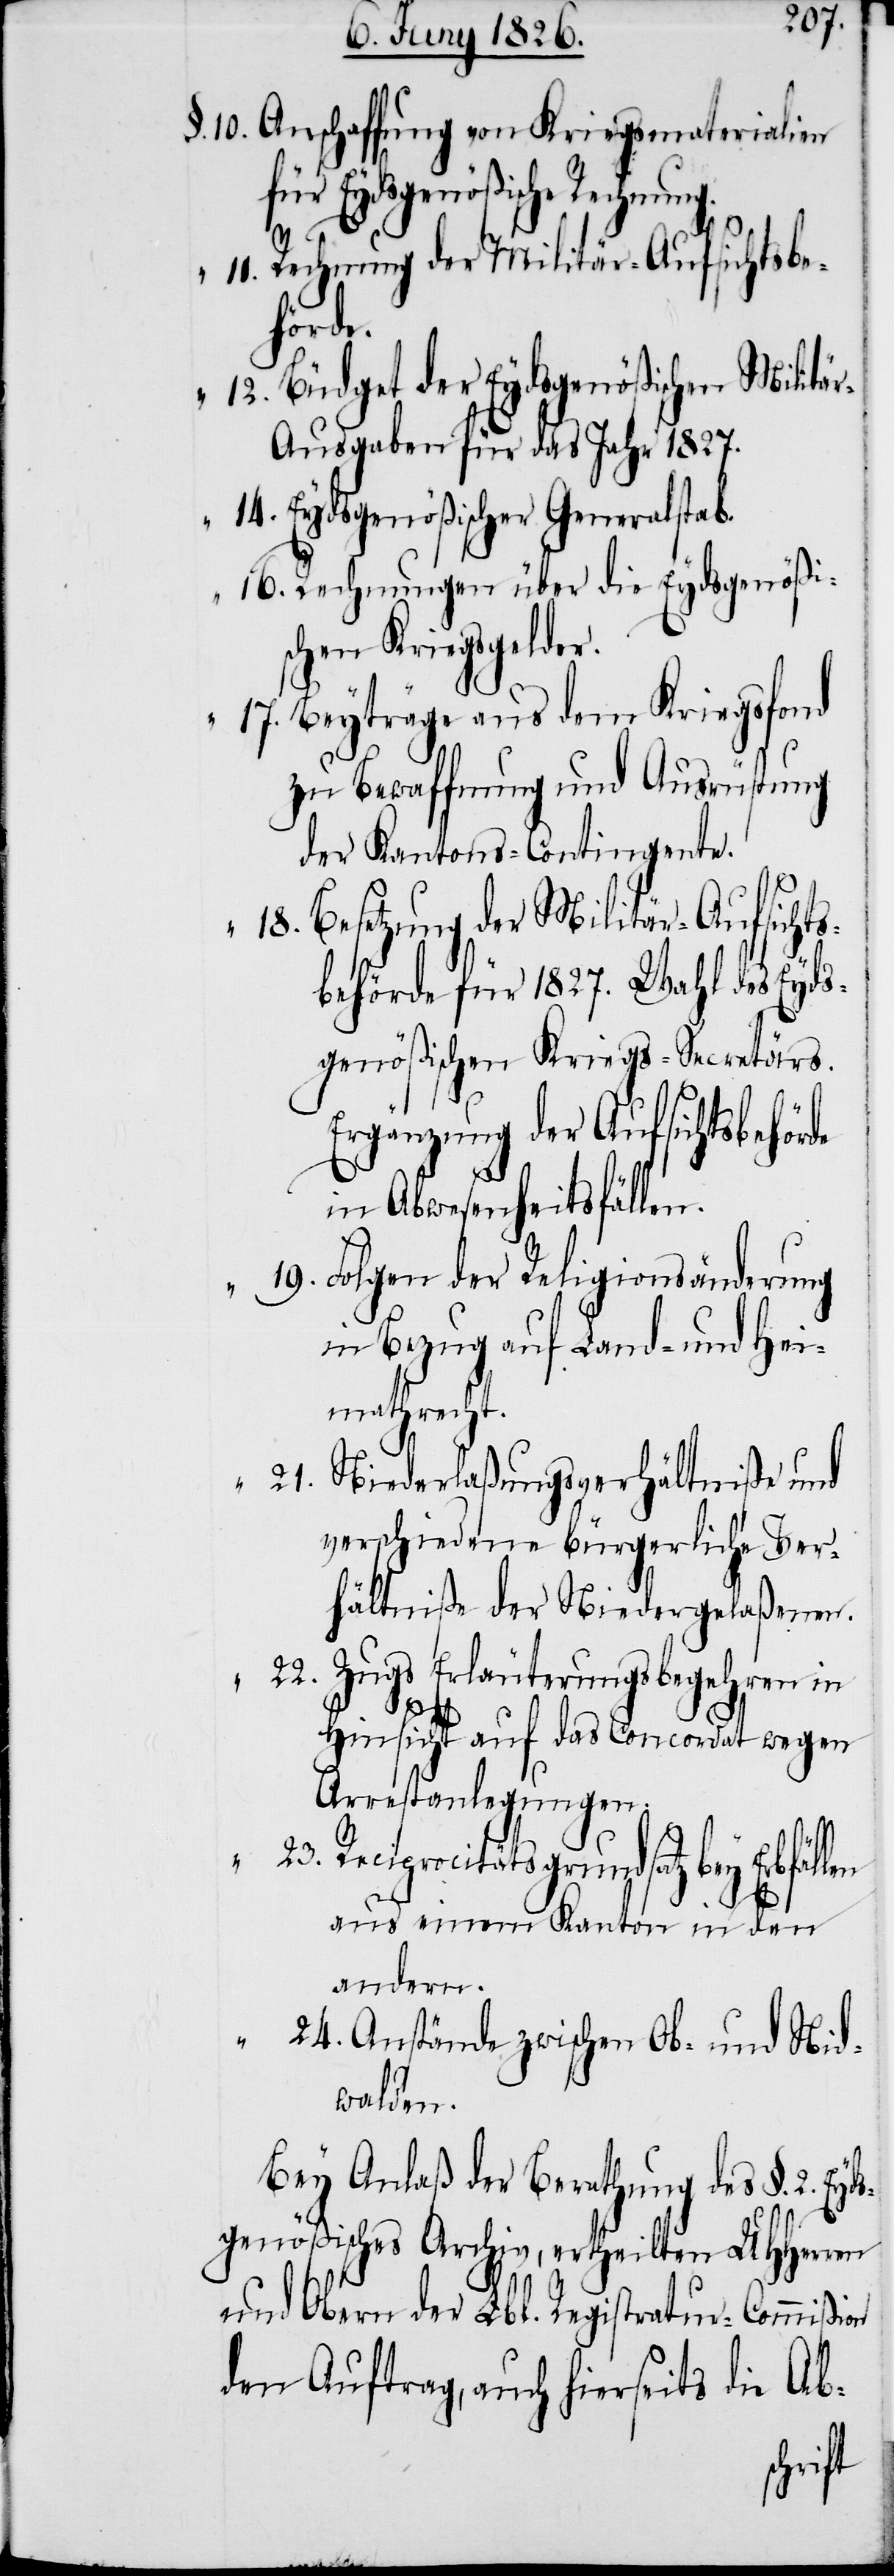
Anschaffung von Kriegsmaterialien
für Eydsgenößische Rechnung.
Rechnung der Militär-Aufsichtsbe¬
hörde.
Büdget der Eydsgenößischen Militä¬
r-Ausgaben für das Jahr 1827.
Eydsgenößischer Generalstab.
Rechnungen über die Eydsgenößi¬
schen Kriegsgelder.
Beyträge aus dem Kriegsfond
zu Bewaffnung und Ausrüstung
der Kantons-Contingente.
Besetzung der Militär-Aufsichts¬
behörde für 1827. Wahl des Eyds¬
genößischen Kriegs-Secretärs.
Ergänzung der Aufsichtsbehörde
in Abwesenheitsfällen.
Folgen der Religionsänderung
in Bezug auf Land- und Hei¬
mathrecht.
Niederlaßungsverhältniße und
verschiedene bürgerliche Ver¬
hältniße der Niedergelaßenen.
Zugs Erläuterungsbegehren in
Hinsicht auf das Concordat wegen
Arrestanlegungen.
Reciprocitätsgrundsatz bey
aus einem Kanton in den
andern.
Anstände zwischen Ob- und Nid¬
walden.
Bey Anlaß der Berathung des §. 2. Ey¬
dsgenößisches Archiv, ertheilten UHHerren
und Obern der Lbl. Registratur-Commißion
den Auftrag, auch hierseits die Ab-